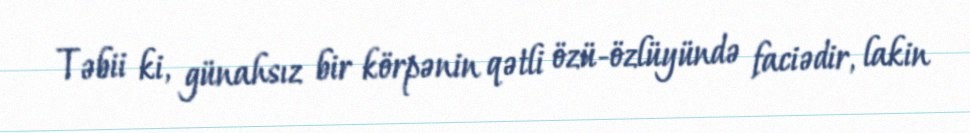
Təbii ki, günahsız bir körpənin qətli özü-özlüyündə faciədir, lakin